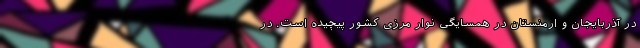
در آذربایجان و ارمنستان در همسایگی نوار مرزی کشور پیچیده است. در